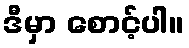
ဒီမှာ စောင့်ပါ။